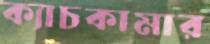
ক্যাচকামার